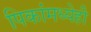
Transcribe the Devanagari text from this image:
पिकांमध्येही